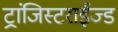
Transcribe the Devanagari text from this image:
ट्रांजिस्टराईज्ड